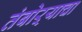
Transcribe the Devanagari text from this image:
तंबोऱ्याचा